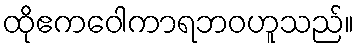
ထိုဧကဝေါကာရဘဝဟူသည်။